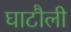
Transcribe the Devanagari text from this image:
घाटौली